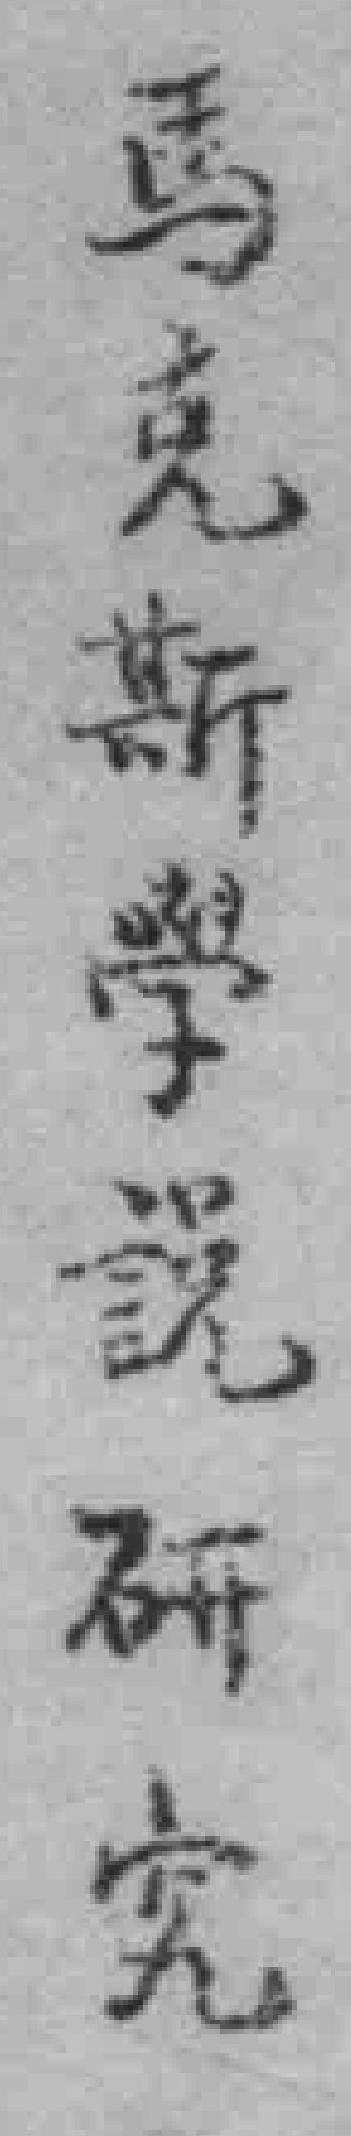
馬克斯學說研究